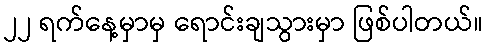
၂၂ ရက်နေ့မှာမှ ရောင်းချသွားမှာ ဖြစ်ပါတယ်။